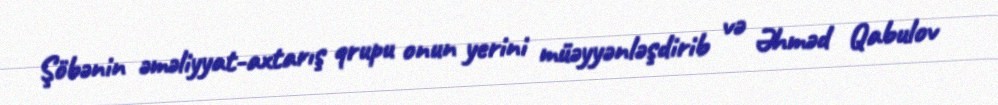
Şöbənin əməliyyat-axtarış qrupu onun yerini müəyyənləşdirib və Əhməd Qabulov